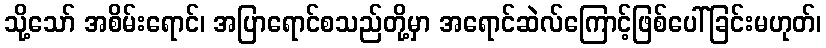
သို့သော် အစိမ်းရောင်၊ အပြာရောင်စသည်တို့မှာ အရောင်ဆဲလ်ကြောင့်ဖြစ်ပေါ်ခြင်းမဟုတ်၊